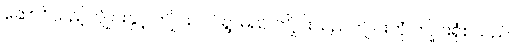
ဆောင်သည့်ကျိုင်းနှင့် ကျိုင်းလပ်ရွာမည် ကျိုင်းသည်ကျိုင်းတုံ ကျိုင်းရုံစသည်